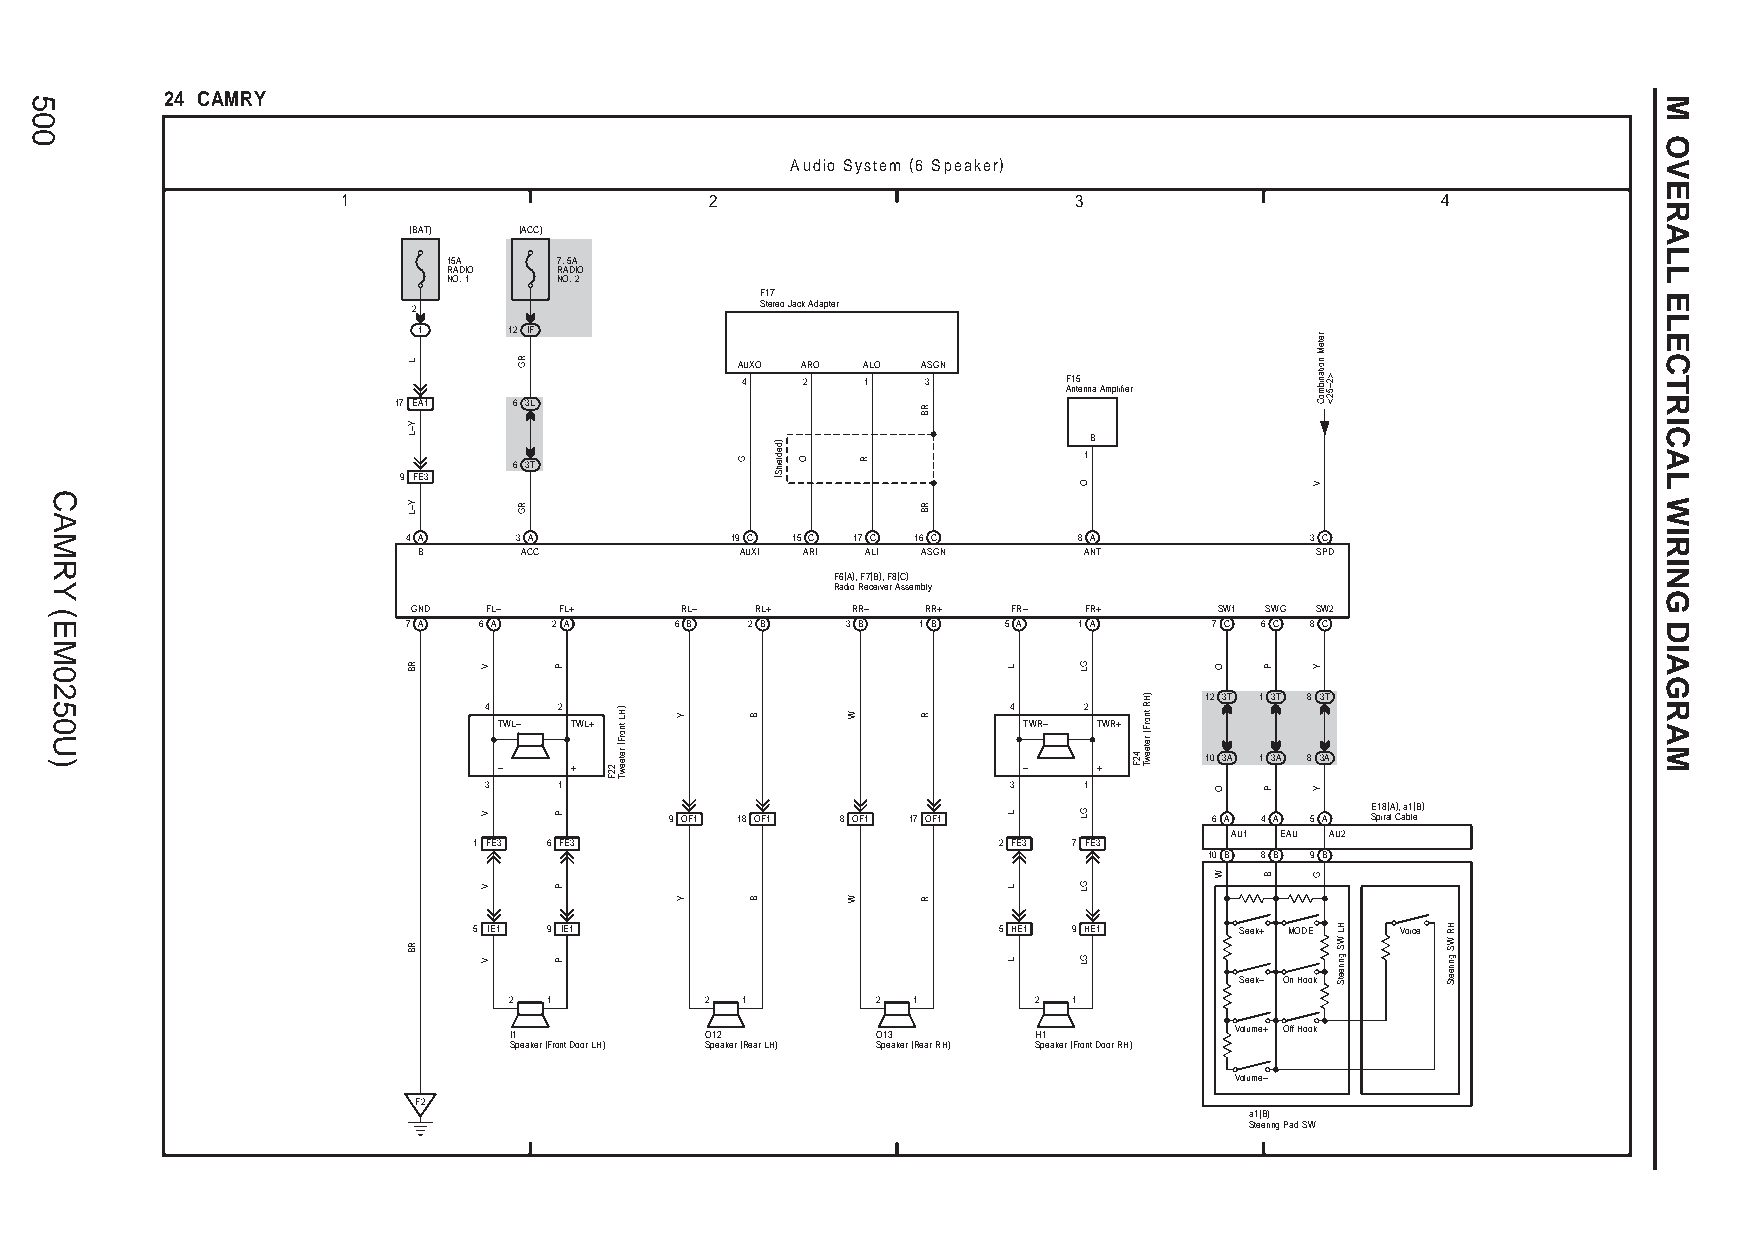
24 CAMRY
 Audio System (6 Speaker)
 1                       2                       3                       4
 (BAT)  (ACC)
 15A    7. 5A
 RADIO  RADIO
 NO. 1  NO. 2
 F17
 2                      Stereo Jack Adapter
 1     12 IF
 AUXO ARO ALO ASGN
 4   2   1   3         F15
 Antenna Amplifier
 17 EA1  6 3L
 B
 1 6 3T
 9 FE3
 4 A    3 A           19 C 15 C 17 C 16 C    8 A             3 C
 B      ACC           AUXI ARI ALI ASGN      ANT            SPD
 F6(A), F7(B), F8(C)
 Radio Receiver Assembly
 GND  FL–  FL+     RL–  RL+   RR–  RR+   FR–  FR+      SW1 SWG SW2
 7 A  6 A  2 A     6 B 2 B    3 B  1 B  5 A  1 A      7 C 6 C 8 C
 12 3T 1 3T 8 3T
 4    2                             4    2
 TWL– TWL+                          TWR– TWR+
 10 3A 1 3A 8 3A
 –    +                             –    +
 3    1                             3    1
 E18(A), a1(B) 9 OF1 18 OF1 8 OF1 17 OF1 6 A 4 A 5 A Spiral Cable
 AU1 EAU AU2
 1 FE3 6 FE3                        2 FE3 7 FE3
 10 B 8 B 9 B
 5 IE1 9 IE1                        5 HE1 9 HE1     Seek+ MODE Voice
 Seek– On Hook
 2 1          2 1        2 1       2  1
 I1           O12        O13        H1           Volume+ Off Hook
 Speaker (Front Door LH) Speaker (Rear LH) Speaker (Rear RH) Speaker (Front Door RH)
 Volume–
 F2
 a1(B)
 Steering Pad SW
 500
 CAMRY
 (EM0250U)
 L
 Y–L
 Y–L
 RB
 RB
 V
 V
 V
 V
 RG
 RG
 P
 P
 P
 P
 22F
 )HL
 tnorF(
 reteewT
 Y
 Y
 G
 B
 B
 )dedleihS(
 O
 W
 W
 R
 RB
 RB
 R
 R
 L
 L
 L
 L
 O
 GL
 GL
 GL
 GL
 42F
 )HR
 tnorF(
 reteewT
 O
 O
 W
 P
 P
 B
 reteM
 noitanibmoC
 V
 Y
 Y
 G
 >2–52<
 HL
 WS
 gnireetS
 HR
 WS
 gnireetS
 M
 OVERALL
 ELECTRICAL
 WIRING
 DIAGRAM